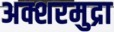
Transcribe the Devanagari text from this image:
अक्शरमुद्रा